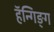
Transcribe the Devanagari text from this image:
हॅन्गिङ्ग